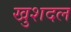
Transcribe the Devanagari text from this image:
खुशदल